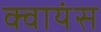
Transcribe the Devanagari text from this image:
क्वायंस